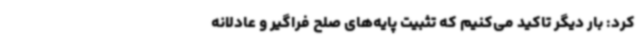
کرد: بار دیگر تاکید می‌کنیم که تثبیت پایه‌های صلح فراگیر و عادلانه